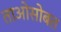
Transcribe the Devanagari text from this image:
ताओसोबत